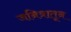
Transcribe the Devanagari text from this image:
जनित्रातून